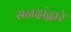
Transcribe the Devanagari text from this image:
सनदांद्वारे